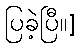
ပြခဲ့ပြီ။]